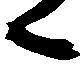
々